Annual report on the working of the lock hospitals in the North-Western Provinces and Oudh
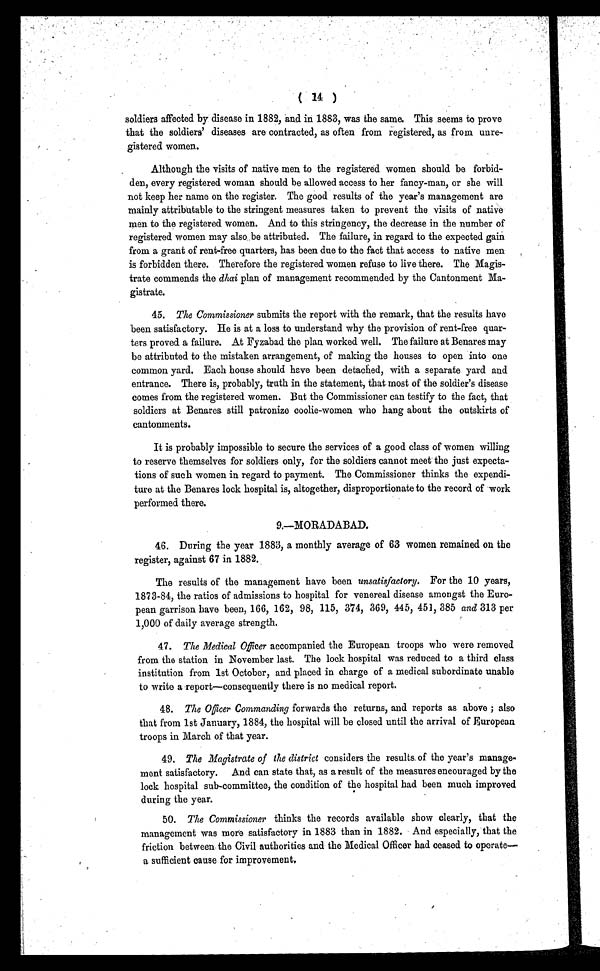
( 14 )
soldiers affected by disease in 1882, and in 1883, was the same. This seems to prove
that the soldiers' diseases are contracted, as often from registered, as from unre-
gistered women.
Although the visits of native men to the registered women should be forbid-
den, every registered woman should be allowed access to her fancy-man, or she will
not keep her name on the register. The good results of the year's management are
mainly attributable to the stringent measures taken to prevent the visits of native
men to the registered women. And to this stringency, the decrease in the number of
registered women may also be attributed. The failure, in regard to the expected gain
from a grant of rent-free quarters, has been due to the fact that access to native men
is forbidden there. Therefore the registered women refuse to live there. The Magis-
trate commends the dhai plan of management recommended by the Cantonment Ma-
gistrate.
45. The Commissioner submits the report with the remark, that the results have
been satisfactory. He is at a loss to understand why the provision of rent-free quar-
ters proved a failure. At Fyzabad the plan worked well. The failure at Benares may
be attributed to the mistaken arrangement, of making the houses to open into ono
common yard. Each house should have been detached, with a separate yard and
entrance. There is, probably, truth in the statement, that most of the soldier's disease
comes from the registered women. But the Commissioner can testify to the fact, that
soldiers at Benares still patronize coolie-women who hang about the outskirts of
cantonments.
It is probably impossible to secure the services of a good class of women willing
to reserve themselves for soldiers only, for the soldiers cannot meet the just expecta-
tions of such women in regard to payment. The Commissioner thinks the expendi-
ture at the Benares lock hospital is, altogether, disproportionate to the record of work
performed there.
9.—MORADABAD.
46. During the year 1883, a monthly average of 63 women remained on the
register, against 67 in 1882.
The results of the management have been unsatisfactory. For the 10 years,
1873-84, the ratios of admissions to hospital for venereal disease amongst the Euro-
pean garrison have been, 166, 162, 98, 115, 374, 369, 445, 451, 385 and 313 per
1,000 of daily average strength.
47. The Medical Officera c c o m p a n i e d t h e E u r o p e a n t r o o p s w h o w e r e r e m o v e d
from the station in November last. The lock hospital was reduced to a third class
institution from 1st October, and placed in charge of a medical subordinate unable
to write a report—consequently there is no medical report.
48. The Officer Commanding forwards the returns, and reports as above ; also
that from 1st January, 1884, the hospital will be closed until the arrival of European
troops in March of that year.
49. The Magistrate of the district considers the results of the year's manage-
ment satisfactory. And can state that, as a result of the measures encouraged by the
lock hospital sub-committee, the condition of the hospital bad been much improved
during the year.
50. The Commissioner thinks the records available show clearly, that the
management was more satisfactory in 1883 than in 1882. And especially, that the
friction between the Civil authorities and the Medical Officer had ceased to operate
— a s u f f i c i e n t c a u s e f o r i m p r o v e m e n t .